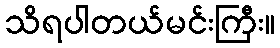
သိရပါတယ်မင်းကြီး။